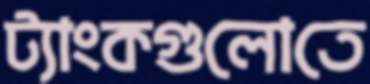
ট্যাংকগুলোতে